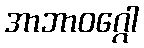
အာဘာဝဂ္ဂေါ